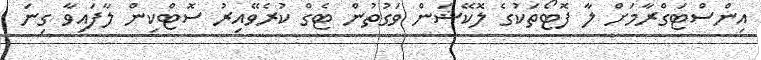
އިންސްޓަގްރާމަށް ލާ ފޮޓޯތަކުގެ ލޮކޭޝަން ވަގުތުން ޓެގް ކުރެވޭއިރު ސޮޓްކިން ލާފައިވާ ގިނަ